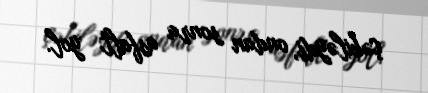
çəkiləydi, ondan sonra asfalt yol.